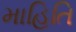
માહિતિ